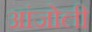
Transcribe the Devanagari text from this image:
आंजोली